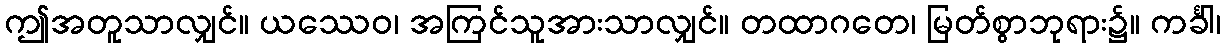
ဤအတူသာလျှင်။ ယဿေဝ၊ အကြင်သူအားသာလျှင်။ တထာဂတေ၊ မြတ်စွာဘုရား၌။ ကင်္ခါ၊